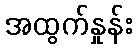
အထွက်နှုန်း